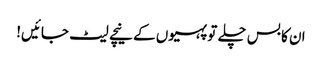
ان کا بس چلے تو پہیوں کے نیچے لیٹ جائیں!